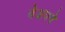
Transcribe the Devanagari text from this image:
वेअपने